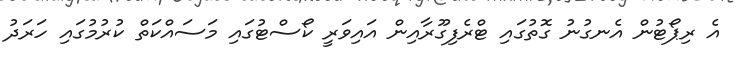
އެ ރިޕޯޓުން އެނގުނު ގޮތުގައި ޓްރެފިގޫރާއިން އައިވަރީ ކޯސްޓުގައި މަސައްކަތް ކުރުމުގައި ހަރަދު